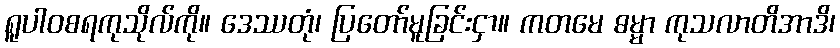
ရူပါဝစရကုသိုလ်ကို။ ဒေဿတုံ၊ ပြတော်မူခြင်းငှာ။ ကတမေ ဓမ္မာ ကုသလာတိအာဒိ၊